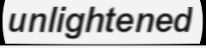
unlightened